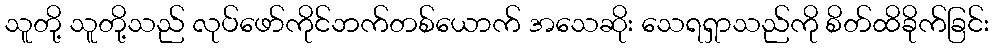
သူတို့ သူတို့သည် လုပ်ဖော်ကိုင်ဘက်တစ်ယောက် အသေဆိုး သေရရှာသည်ကို စိတ်ထိခိုက်ခြင်း